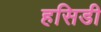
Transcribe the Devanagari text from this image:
हसिडी